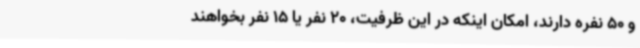
و 50 نفره دارند، امکان اینکه در این ظرفیت، 20 نفر یا 15 نفر بخواهند